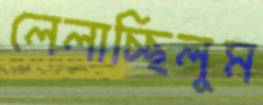
লেলাচ্ছিলুম